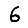
Digit: 6